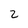
Character: 2